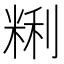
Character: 𰪽